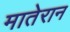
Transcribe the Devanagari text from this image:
मातेरान